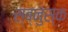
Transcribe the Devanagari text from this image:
स्ब्नुस्क